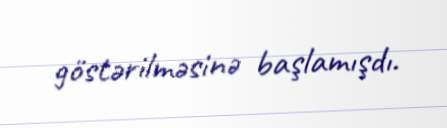
göstərilməsinə başlamışdı.